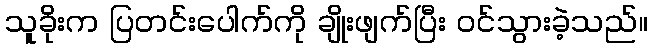
သူခိုးက ပြတင်းပေါက်ကို ချိုးဖျက်ပြီး ဝင်သွားခဲ့သည်။